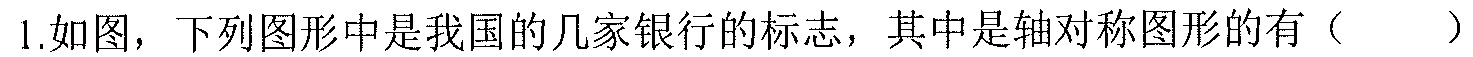
1.如图，下列图形中是我国的几家银行的标志，其中是轴对称图形的有（  ）